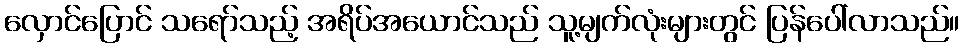
လှောင်ပြောင် သရော်သည့် အရိပ်အယောင်သည် သူ့မျက်လုံးများတွင် ပြန်ပေါ်လာသည်။